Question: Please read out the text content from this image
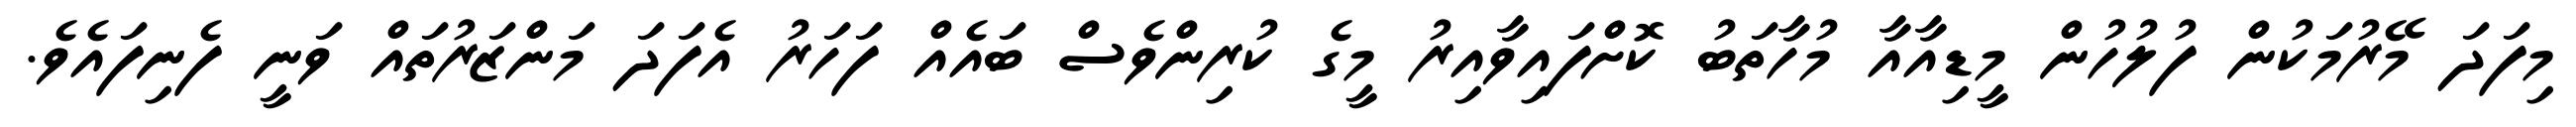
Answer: މިފަދަ މޭރުމަކުން ފުލުހުން މީޑިއާއާ މުހާތަބު ކޮށްފައިވާއިރު މީގެ ކުރިންވެސް ބައެއް ފަހަރު އެފަދަ މަންޒަރުތައް ވަނީ ފެނިފައެވެ.